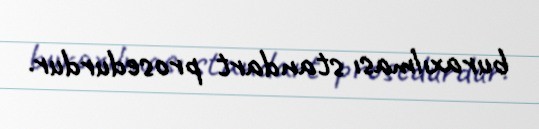
buraxılması standart prosedurdur.